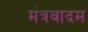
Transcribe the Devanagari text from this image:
मंत्रवादम